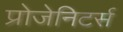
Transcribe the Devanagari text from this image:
प्रोजेनिटर्स